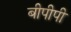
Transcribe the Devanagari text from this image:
बीपीपी